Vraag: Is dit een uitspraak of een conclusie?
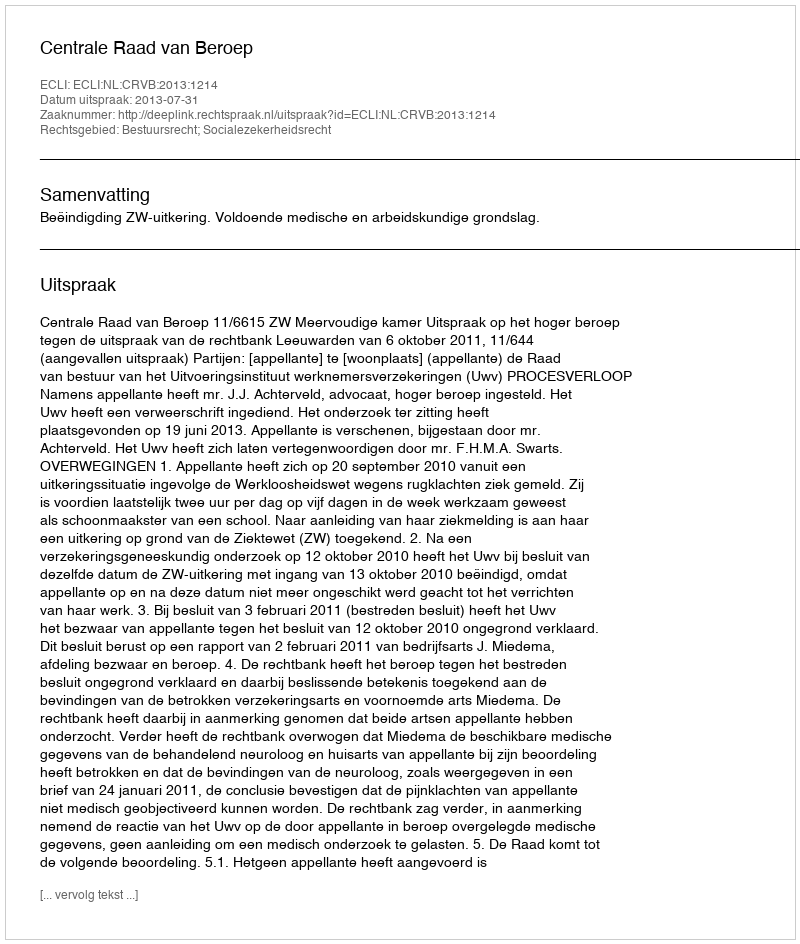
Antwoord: Uitspraak